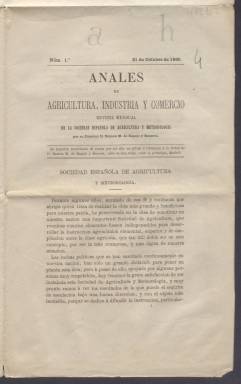
Título: Anales de agricultura, industria y comercio
Colección: Agricultura y ganadería
Ámbito geográfico: Madrid
Lugar de publicación: Madrid
Fechas: 31/10/1869-31/10/1869